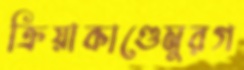
ক্রিয়াকাণ্ডেমুরগ